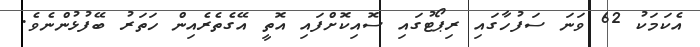
އެކަމަކު 62 ވަނަ ސަފުހާގައި ރިޕޯޓުގައި ސޮއިކޮށްފައި އޮތީ އޭގެތެރެއިން ހަތަރު ބޭފުޅުންނެވެ.